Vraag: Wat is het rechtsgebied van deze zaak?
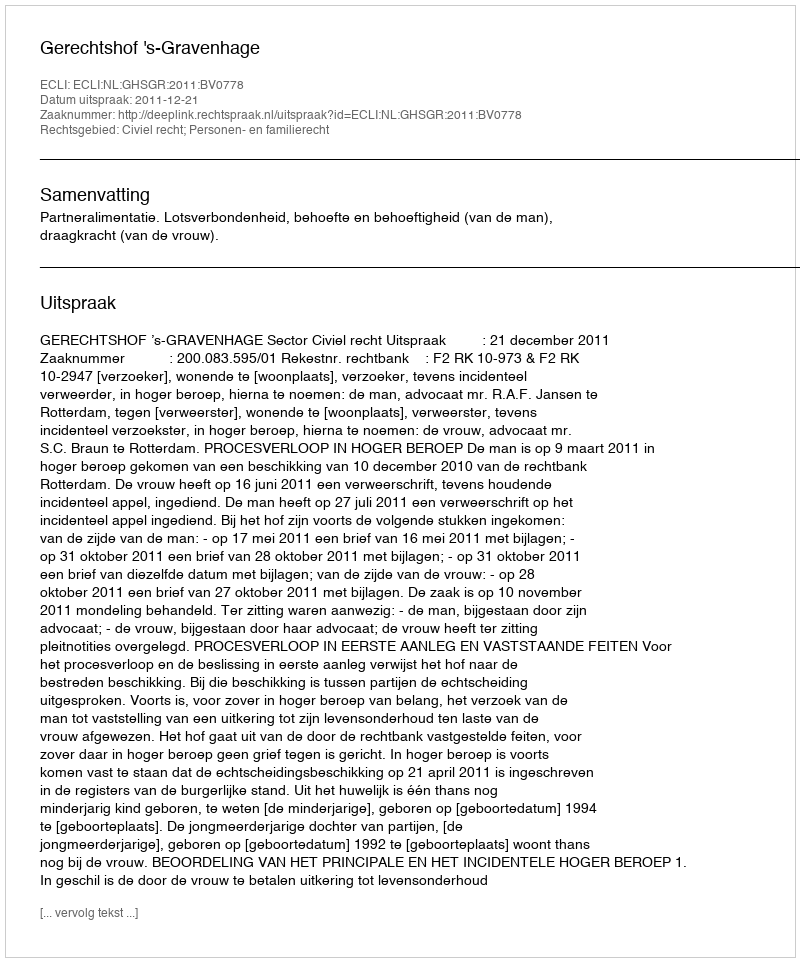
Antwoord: Civiel recht; Personen- en familierecht